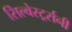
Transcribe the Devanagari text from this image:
सिल्वेस्टर्र्सनी